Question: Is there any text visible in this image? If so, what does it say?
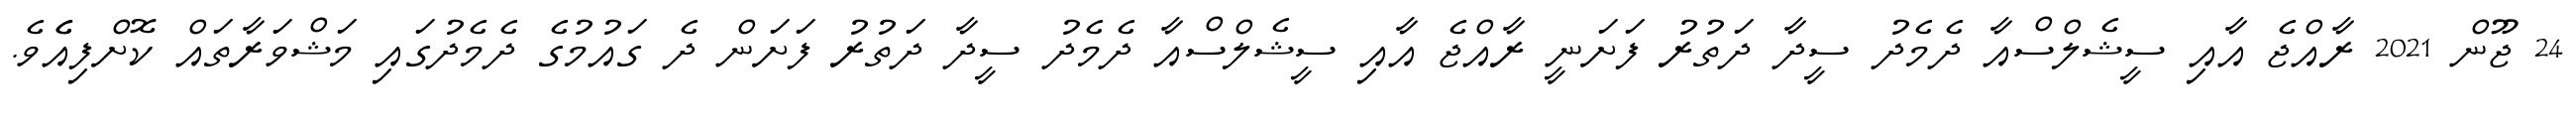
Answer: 24 ޖޫން 2021 ރާއްޖެ އާއި ސީޝެލްސްއާ ދެމެދު ސީދާ ދަތުރު ފަށަނީ ރާއްޖެ އާއި ސީޝެލްސްއާ ދެމެދު ސީދާ ދަތުރު ފަށަން ދެ ގައުމުގެ ދެމެދުގައި މަޝްވަރާތައް ކޮށްފިއެެވެ.